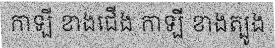
កាឡី ខាងជើង កាឡី ខាងត្បូង